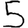
Digit: 5